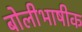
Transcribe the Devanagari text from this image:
बोलीभाषीक